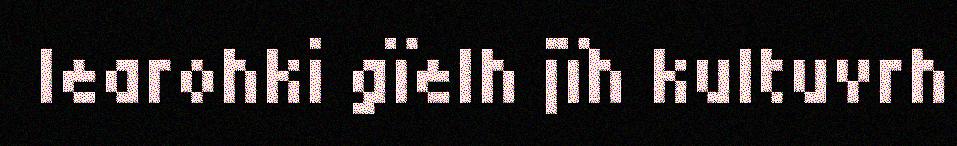
learohki gïelh jïh kultuvrh